Report on horse surra - Volume II, Part I
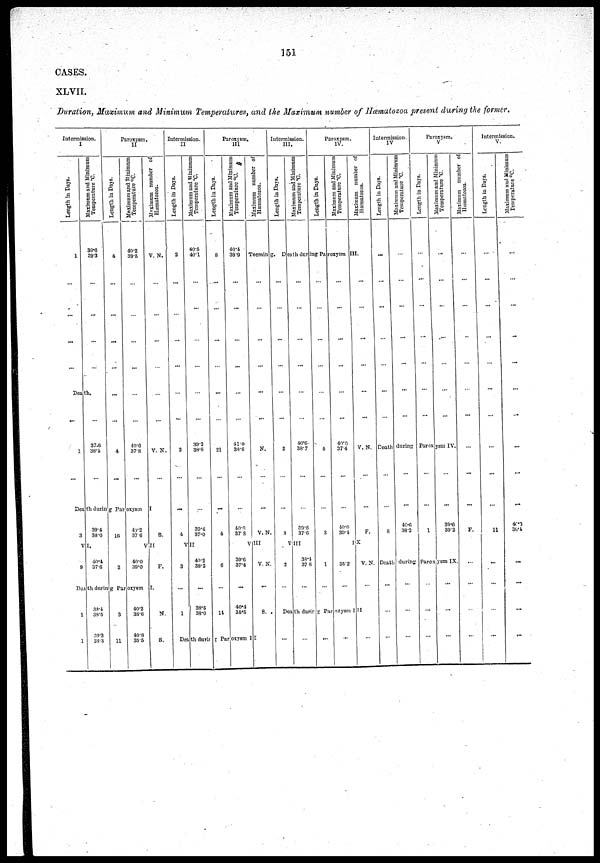
151
CASES.
XLVII.
Duration, Maximum and Minimum Temperatures, and the Maximum number of Hæmalozoa present during the former.
Intermission.
I
Length in Days.
1
Death.
1
Maximum and Minimum
Temperature °C.
39.6
39.3
...
37.6
38.4
Paroxysm.
II
Length in Days.
4
...
4
Maximum
and Minimum
Temperature °C.
40.2
39.5
...
40.6
37.8
Death
during
Proxysm
3
9
39.4
38.0
VI.
40.4
37.6
16
2
40.2
37.6
VII
40.0
39.0
Death during Proxysm
1
1
39.4
38.5
39.3
38.3
3
11
40.2
38.6
40.8
35.5
Maximum
number of
Hæmatozoa.
V.N.
V. N.
I
S.
F.
I.
N.
S.
Intermission.
II
Length in Days.
2
...
2
...
4
VII
3
1
Maximum and Minimum
Temperature °C.
40.5
40.1
39.2
38.6
39.4
37.0
40.2
38.2
...
38.5
38.0
Paroxysm.
III
Length in Days.
8
...
21
...
4
6
...
14
Maximum and Minimum
Temperature °C.
40.4
38.9
...
...
41.0
38.6
Maximum number of
Hæmatozoa.
Tecming.
...
N.
...
40.0
37. 8 V. N.
39.6
37.4
...
40.4
35.5
VIII
V.N.
...
S.
Death during Proxysm II
Intermission.
III.
Length in Days.
Maximum and Minimum
Temperature °C.
Paroxysm.
IV
Length in Days.
Maximum
and Minimum
Temperature °C.
Maximum number of
Hæmatozoa.
Death during Proxysm III.
...
2
8
2
...
...
40.6
38.7
39.6
37.6
VIII
38.4
37.6
...
4
3
1
...
...
40.0
37.4
...
40.0
39.4
...
35.2
...
...
V.N..
...
F.
IX
V.N.
...
Death during Proxysm III
...
...
Intermission.
IV
Length in Days.
..
...
..
Maximum and Minimum
Temperature °C.
...
...
Paroxysm.
V
Length in Days.
.
...
Maximum and Minimum
Temperature °C.
...
...
...
Death during Proxysm IV.
..
8
..
...
40.6
38.2
...
1
...
39.6
39.2
...
Death during Proxysm IX.
...
...
...
..
..
...
...
...
...
...
...
...
Maximum number of
Hæmatozoa.
...
..
...
...
...
F.
...
..
...
...
...
Intermission.
V.
Length in Days.
...
...
...
11
..
...
...
...
...
..
Maximum and Minimum
Temperature °C.
...
...
...
...
...
40.3
38.4
...
...
...
...
...